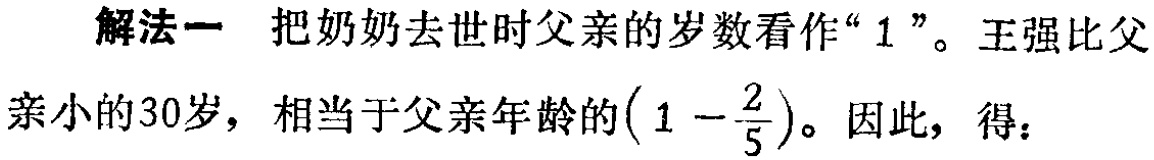
解法一 把奶奶去世时父亲的岁数看作“$1$”。王强比父亲小的30岁，相当于父亲年龄的$\left(1 - \dfrac{2}{5}\right)$。因此，得：